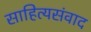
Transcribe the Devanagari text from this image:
साहित्यसंवाद